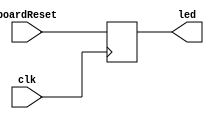
`timescale 1ns / 1ps
//////////////////////////////////////////////////////////////////////////////////
// Company: 
// Engineer: 
// 
// Design Name: 
// Module Name: testLED
// Project Name: 
// Target Devices: 
// Tool Versions: 
// Description: 
// 
// Dependencies: 
// 
// Revision:
// Revision 0.01 - File Created
// Additional Comments:
// 
//////////////////////////////////////////////////////////////////////////////////


/* DATA PORT TESTS
module testLED(
    input wire clk,
    input wire strobe,
    output reg [7:0] led,
    inout wire [7:0] data
);

reg [7:0] data_out = 8'b11111111;

assign data = (strobe) ? data_out : 8'bz;

always@(posedge clk) begin
    led <= data;
end

endmodule
*/

// CONTROL AND STATUS PORT TESTS
module testLED(
    input wire clk,
    input wire boardReset,
    output reg led
);

always@(posedge clk) begin
    led <= boardReset;
end

endmodule